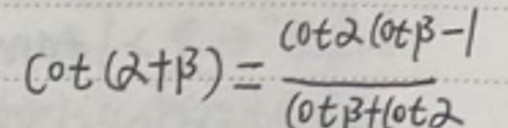
\[
\cot(\alpha+\beta)=\frac{\cot\alpha\cot\beta - 1}{\cot\beta+\cot\alpha}
\]